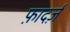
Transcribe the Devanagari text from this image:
फ़ादर्ज़